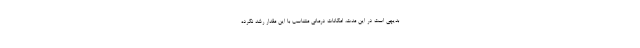
بدیهی است در این مدت، امکانات درمانی متناسب با این مقدار رشد نکرده